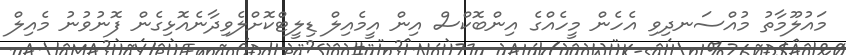
މައުލޫމާތު މުއްސަނދިވި އެހެން މީހެއްގެ އިންބޮކްސް އިން އީމެއިލް ޑިލީޓްކޮށްލެވިދާނެއޮޅިގެން ފޮނުވުނު މެއިލް